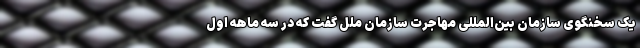
یک سخنگوی سازمان بین‌المللی مهاجرت سازمان ملل گفت که در سه ماهه اول